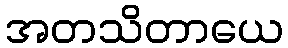
အတသိတာယေ